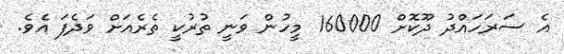
އެ ސަރަހައްދު ދޫކޮށް 160000 މީހުން ވަނީ ތުރުކީ ތެރެއަށް ވަދެފަ އެވެ.